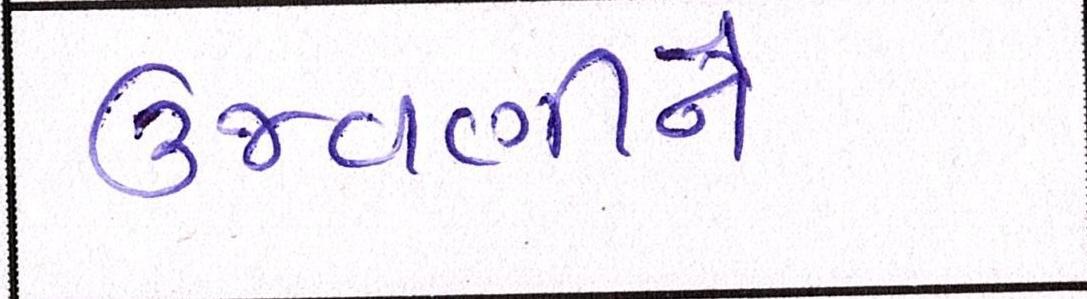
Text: ઉજવણીને